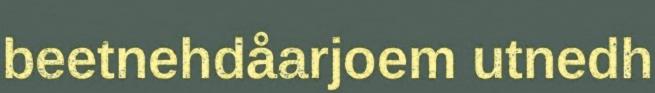
beetnehdåarjoem utnedh